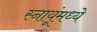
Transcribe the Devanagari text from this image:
स्नायूंमध्ये